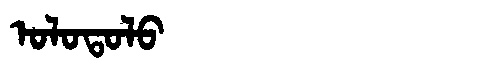
Manchu: ᠣᠯᠣᡨᠣᠯᠣ
Romanization: OLOTOLO